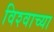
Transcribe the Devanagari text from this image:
विश्‍वाच्‍या